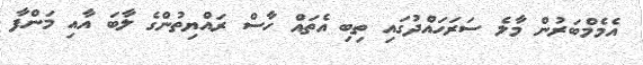
އެމެމްބަރުން މާލެ ސަރަހައްދުގައި ތިބި އެތައް ހާސް ރައްޔިތުންގެ ލާބަ އާއި މަންފާ